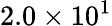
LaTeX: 2.0\times 10^{1}